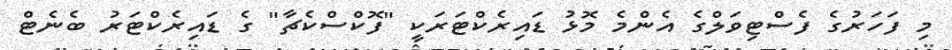
މި ފަހަރުގެ ފެސްޓިވަލްގެ އެންމެ މޮޅު ޑައިރެކްޓަރަކީ "ފޮކްސްކެޗާ" ގެ ޑައިރެކްޓަރު ބެނެޓް